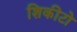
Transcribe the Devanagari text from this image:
शिकीटो